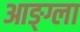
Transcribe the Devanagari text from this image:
आङ्ग्ला